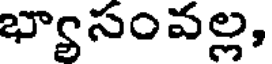
భ్యాసంవల్ల,